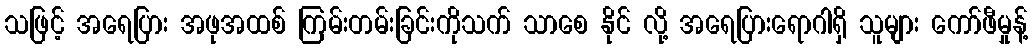
သဖြင့် အရေပြား အဖုအထစ် ကြမ်းတမ်းခြင်းကိုသက် သာစေ နိုင် လို့ အရေပြားရောဂါရှိ သူများ ကော်ဖီမှုန့်